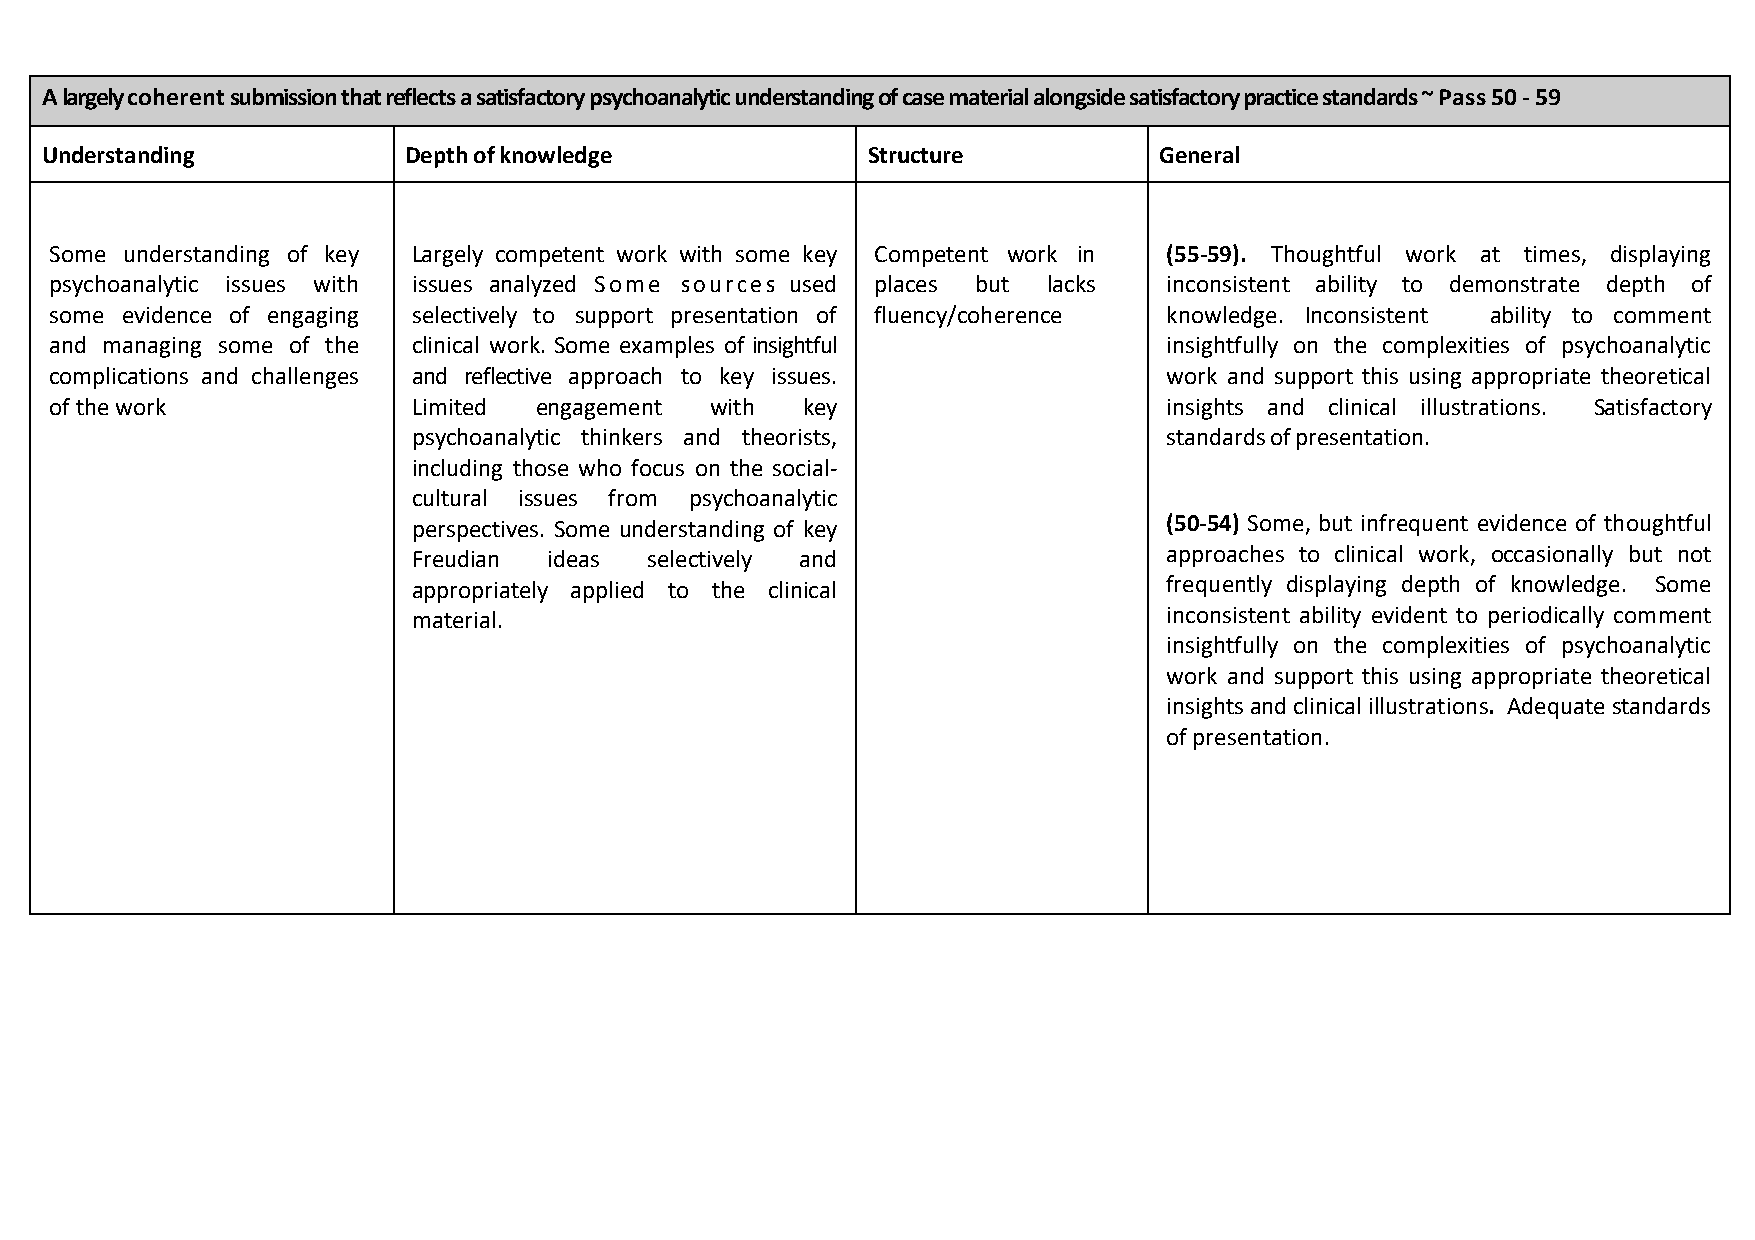
A largely coherent submission that reflects a satisfactory psychoanalytic understanding of case material alongside satisfactory practice standards ~ Pass 50 - 59
 Understanding           Depth of knowledge            Structure           General
 Some understanding of key Largely competent work with some key Competent work in (55-59). Thoughtful work at times, displaying
 psychoanalytic issues with issues analyzed Some sources used places but lacks inconsistent ability to demonstrate depth of
 some evidence of engaging selectively to support presentation of fluency/coherence knowledge. Inconsistent ability to comment
 and managing some of the clinical work. Some examples of insightful       insightfully on the complexities of psychoanalytic
 complications and challenges and reflective approach to key issues.       work and support this using appropriate theoretical
 of the work             Limited engagement  with  key                     insights and clinical illustrations. Satisfactory
 psychoanalytic thinkers and theorists,            standards of presentation.
 including those who focus on the social-
 cultural issues from psychoanalytic
 perspectives. Some understanding of key           (50-54) Some, but infrequent evidence of thoughtful
 Freudian ideas  selectively and                   approaches to clinical work, occasionally but not
 appropriately applied to the clinical             frequently displaying depth of knowledge. Some
 material.                                         inconsistent ability evident to periodically comment
 insightfully on the complexities of psychoanalytic
 work and support this using appropriate theoretical
 insights and clinical illustrations. Adequate standards
 of presentation.